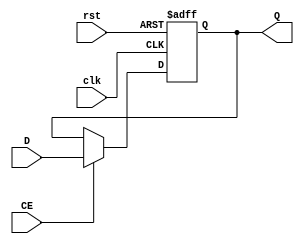
`timescale 1ns / 1ps
//////////////////////////////////////////////////////////////////////////////////
// Company: 
// Engineer: 
// 
// Design Name: 
// Module Name: PC
// Project Name: 
// Target Devices: 
// Tool Versions: 
// Description: 
// 
// Dependencies: 
// 
// Revision:
// Revision 0.01 - File Created
// Additional Comments:
// 
//////////////////////////////////////////////////////////////////////////////////


module PC(
    input clk,
    input rst,
    input CE,
    input[31:0] D,
    output reg[31:0] Q
);
    always @(posedge clk or posedge rst)begin
        if(rst) Q <= 32'b0;
        else if(CE == 1'b0) Q <= Q;
        else Q <= D;
    end
endmodule